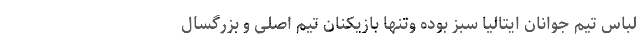
لباس تیم جوانان ایتالیا سبز بوده وتنها بازیکنان تیم اصلی و بزرگسال